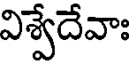
విశ్వేదేవాః